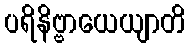
ပရိနိဗ္ဗာယေယျာတိ